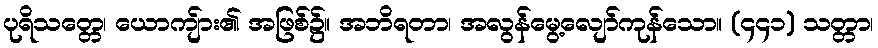
ပုရိသတ္တေ၊ ယောကျ်ား၏ အဖြစ်၌။ အဘိရတာ၊ အလွန်မွေ့လျော်ကုန်သော။ (၄၄၁) သတ္တာ၊